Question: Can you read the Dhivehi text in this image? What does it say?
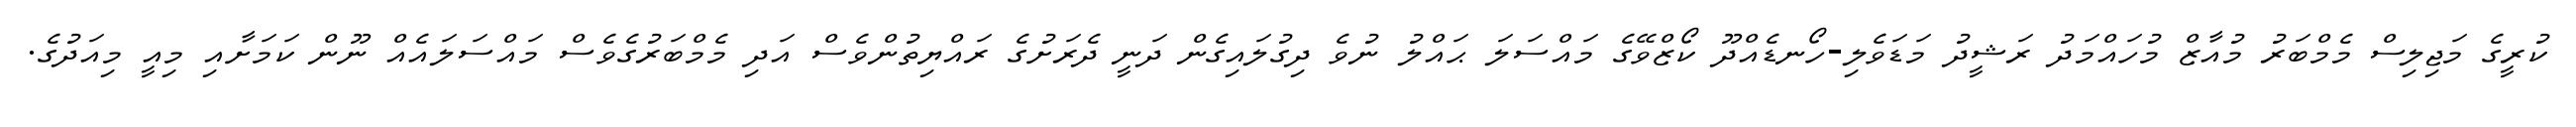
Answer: ކުރީގެ މަޖިލިސް މެމްބަރު މުއާޒް މުހައްމަދު ރަޝީދު މަޑަވެލި-ހޯނޑެއްދޫ ކޯޒްވޭގެ މައްސަލަ ޙައްލު ނުވެ ދިގުލައިގެން ދަނީ ދެރަށުގެ ރައްޔިތުންވެސް އަދި މެމްބަރުގެވެސް މައްސަލައެއް ނޫން ކަމަށާއި މިއީ މިއަދުގެ.